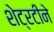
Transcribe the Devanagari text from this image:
शेट्रटीने